Problem: 9 × 5 = ?
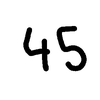
Handwritten answer: 45